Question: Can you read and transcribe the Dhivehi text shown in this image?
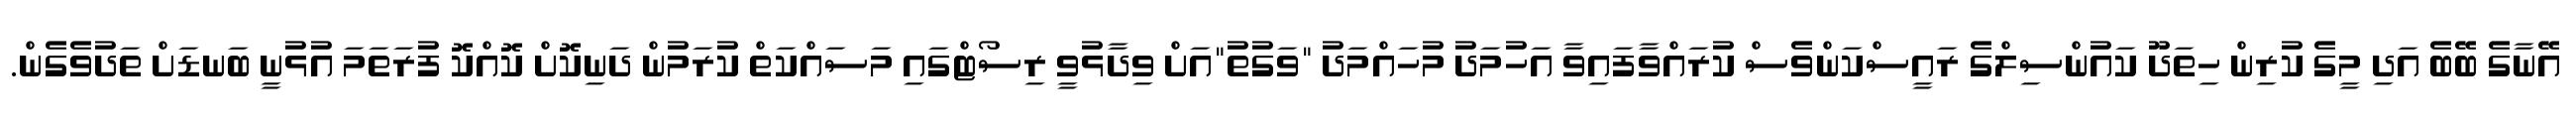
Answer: އޭނާގެ ބޭބެ އަދި މީގެ ކުރިން ހިތަދޫ ކައުންސިލްގެ ރައީސްކަންވެސް ކުރައްވާފައިވާ އަހުމަދު މުހައްމަދު "ވަގުތު"އަށް ވިދާޅުވީ ރިސޯޓްގައި މަސައްކަތް ކުރަމުން ދަނިކޮށް ކޮއްކޮ ފުރަތަމަ އުޅުނީ ބަނޑަށް ތަދުވެގެން.